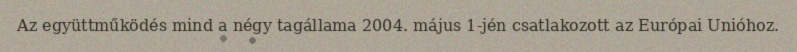
Az együttműködés mind a négy tagállama 2004. május 1-jén csatlakozott az Európai Unióhoz.